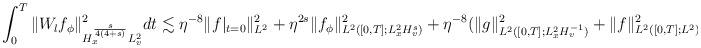
LaTeX: \begin{align*}\int_0^T \|W_l f_\phi\|^2_{H^{\frac{s}{4(4+s)}}_xL^2_v}dt\lesssim\eta^{-8} \|f|_{t=0}\|_{L^2}^2+\eta^{2s}\|f_\phi\|^2_{L^2([0,T]; L^2_xH^s_v)}+\eta^{-8}(\|g\|_{L^2([0,T]; L^2_xH^{-1}_v)}^2+\|f\|_{L^2([0,T]; L^2)}^2).\end{align*}